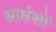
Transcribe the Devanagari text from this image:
आक्षंशों